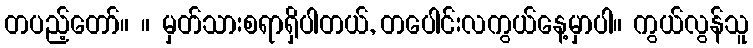
တပည့်တော်။ ။ မှတ်သားစရာရှိပါတယ်, တပေါင်းလကွယ်နေ့မှာပါ။ ကွယ်လွန်သူ